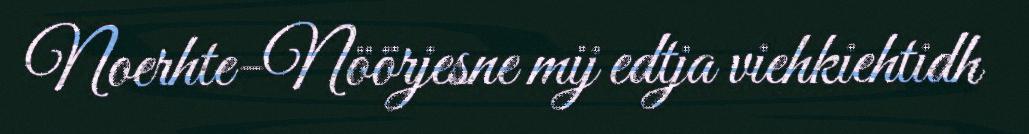
Noerhte-Nöörjesne mij edtja viehkiehtidh